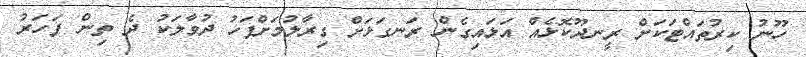
ހޫނު ކިރުތައްޓަކަށް ރީނދޫކޮޅެއް އަޅައިގެން ރަނގަޅަށް ގިރާލުމަށްފަހު ދުވާލަކު ދެ ތިން ފަހަރު